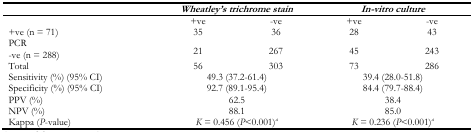
<table><thead><tr><td></td><td colspan="2"><b><i>Wheatley’s trichrome stain</i></b></td><td colspan="2"><b><i>In-vitro culture</i></b></td></tr></thead><tbody><tr><td></td><td>+ve</td><td>−ve</td><td>+ve</td><td>−ve</td></tr><tr><td>+ve (n = 71)</td><td>35</td><td>36</td><td>28</td><td>43</td></tr><tr><td colspan="5">PCR</td></tr><tr><td>−ve (n = 288)</td><td>21</td><td>267</td><td>45</td><td>243</td></tr><tr><td>Total</td><td>56</td><td>303</td><td>73</td><td>286</td></tr><tr><td>Sensitivity (%) (95% CI)</td><td colspan="2">49.3 (37.2–61.4)</td><td colspan="2">39.4 (28.0–51.8)</td></tr><tr><td>Specificity (%) (95% CI)</td><td colspan="2">92.7 (89.1–95.4)</td><td colspan="2">84.4 (79.7–88.4)</td></tr><tr><td>PPV (%)</td><td colspan="2">62.5</td><td colspan="2">38.4</td></tr><tr><td>NPV (%)</td><td colspan="2">88.1</td><td colspan="2">85.0</td></tr><tr><td>Kappa (<i>P</i>-value)</td><td colspan="2"><i>K</i> = 0.456 (<i>P</i>&lt;0.001)<i><sup>a</sup></i></td><td colspan="2"><i>K</i> = 0.236 (<i>P</i>&lt;0.001)<i><sup>a</sup></i></td></tr></tbody></table>